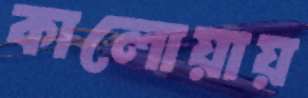
কালোয়ায়